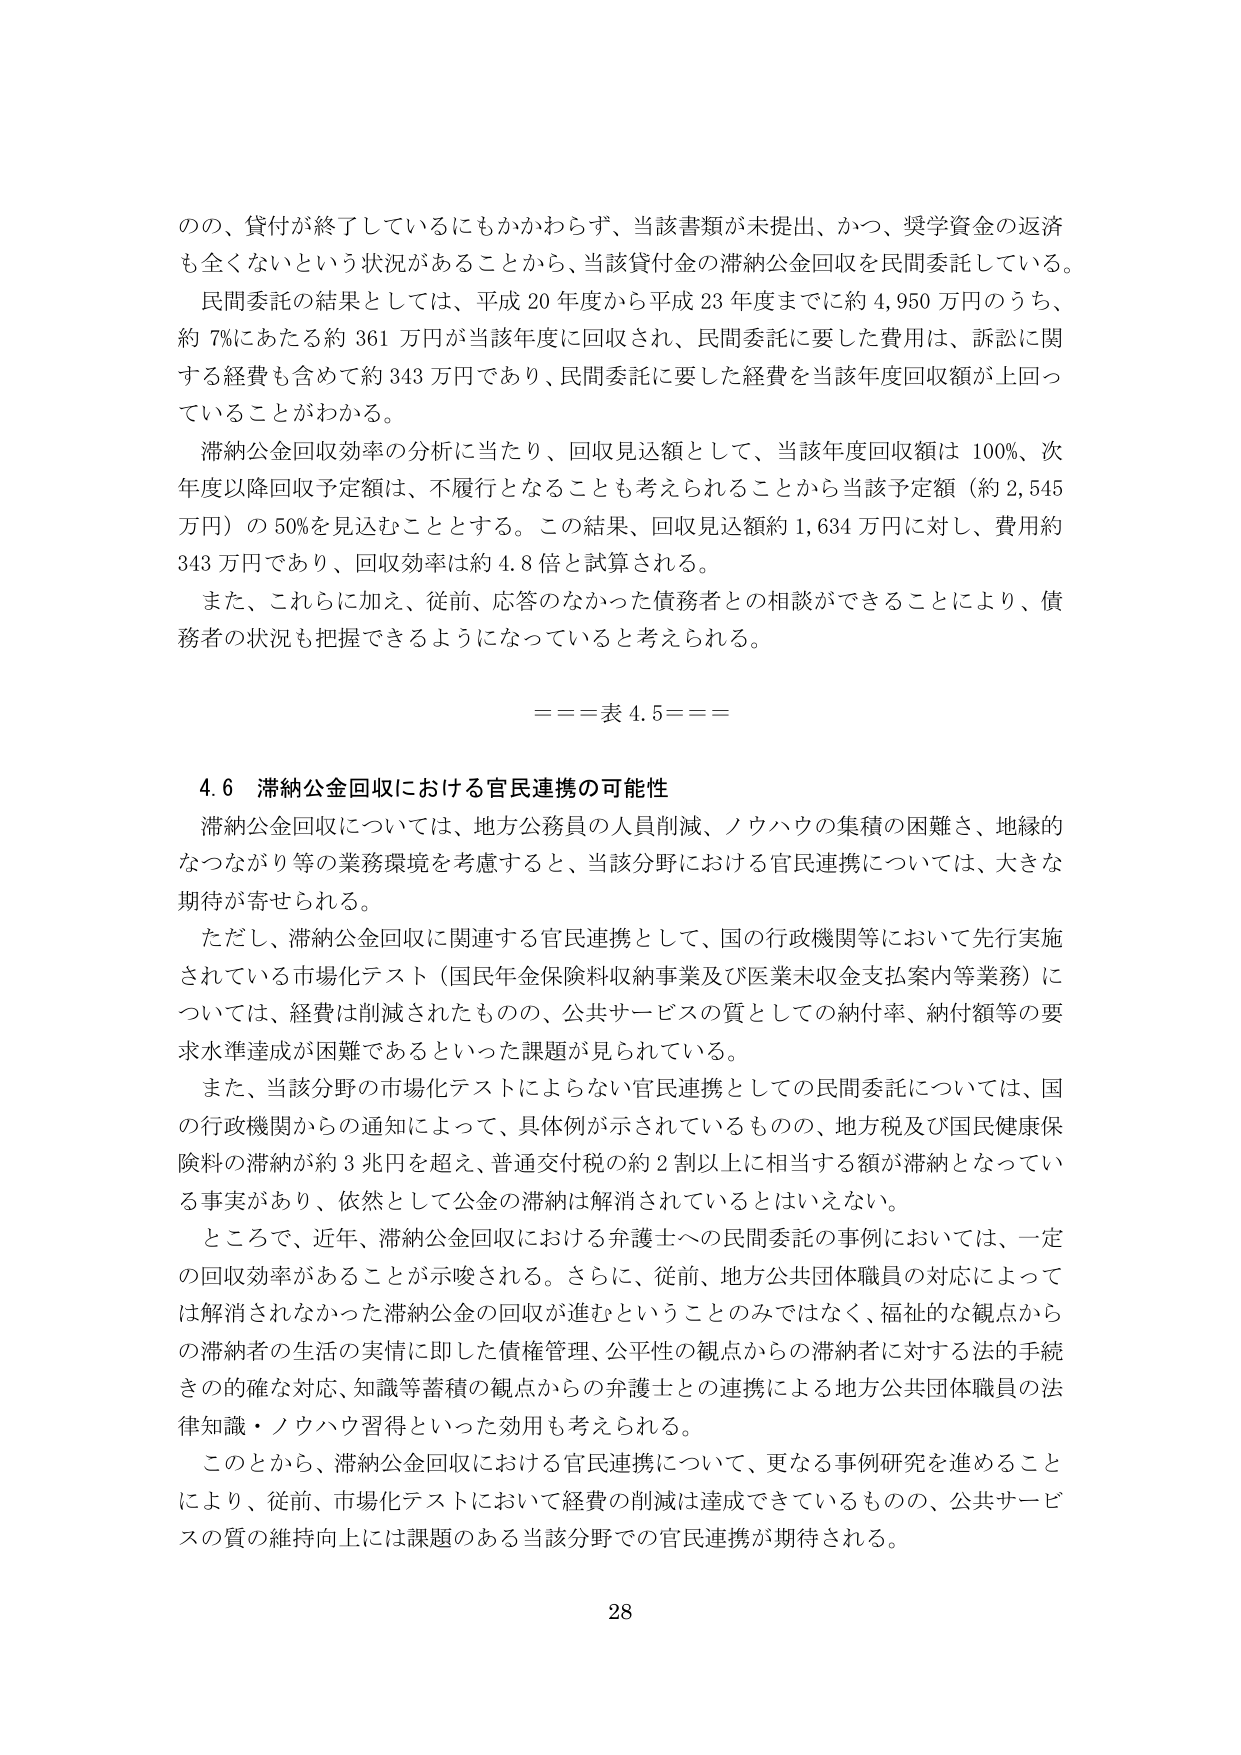
の、貸付が終了しているにもかかわらず、当該書類が未提出、かつ、奨学資金の返済も全くないという状況があることから、当該貸付金の滞納公金回収を民間委託している。

民間委託の結果としては、平成20年度から平成23年度までに約4,950万円のうち、約7％にあたる約361万円が当該年度に回収され、民間委託に要した費用は、訴訟に関する経費も含めて約343万円であり、民間委託に要した経費を当該年度回収額が上回っていることがわかる。

滞納公金回収効率の分析に当たり、回収見込額として、当該年度回収額は100％、次年度以降回収予定額は、不履行となることも考えられることから当該予定額（約2,545万円）の50％を見込むこととする。この結果、回収見込額約1,634万円に対し、費用約343万円であり、回収効率は約4.8倍と試算される。

また、これらに加え、従前、応答のなかった債務者との相談ができることにより、債務者の状況も把握できるようになっていると考えられる。

===表4.5===

4.6 滞納公金回収における官民連携の可能性

滞納公金回収については、地方公務員の人員削減、ノウハウの集積の困難さ、地縁的なつながり等の業務環境を考慮すると、当該分野における官民連携については、大きな期待が寄せられる。

ただし、滞納公金回収に関連する官民連携として、国の行政機関等において先行実施されている市場化テスト（国民年金保険料収納事業及び医業未収金支払案内等業務）については、経費は削減されたものの、公共サービスの質としての納付率、納付額等の要求水準達成が困難であるといった課題が見られている。

また、当該分野の市場化テストによらない官民連携としての民間委託については、国の行政機関からの通知によって、具体例が示されているものの、地方税及び国民健康保険料の滞納が約3兆円を超え、普通交付税の約2割以上に相当する額が滞納となっている事実があり、依然として公金の滞納は解消されているとはいえない。

ところで、近年、滞納公金回収における弁護士への民間委託の事例においては、一定の回収効率があることが示唆される。さらに、従前、地方公共団体職員の対応によっては解消されなかった滞納公金の回収が進むということのみではなく、福祉的な観点からの滞納者の生活の実情に即した債権管理、公平性の観点からの滞納者に対する法的手続きの的確な対応、知識等蓄積の観点からの弁護士との連携による地方公共団体職員の法律知識・ノウハウ習得といった効用も考えられる。

このことから、滞納公金回収における官民連携について、更なる事例研究を進めることにより、従前、市場化テストにおいて経費の削減は達成できているものの、公共サービスの質の維持向上には課題のある当該分野での官民連携が期待される。

28